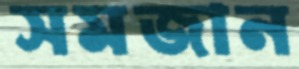
সমজান